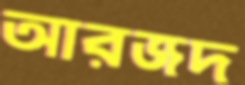
আরজদ